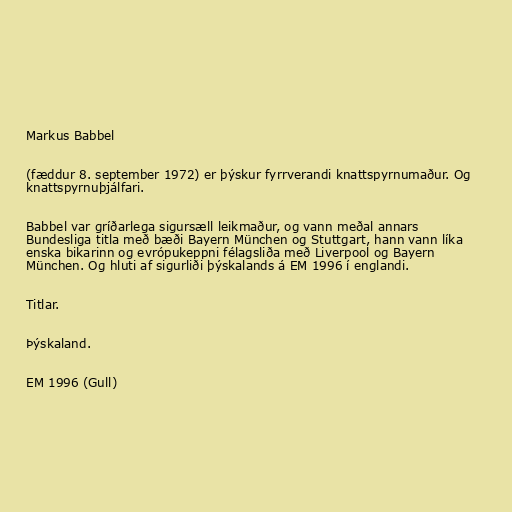
Markus Babbel

(fæddur 8. september 1972) er þýskur fyrrverandi knattspyrnumaður. Og
knattspyrnuþjálfari.

Babbel var gríðarlega sigursæll leikmaður, og vann meðal annars
Bundesliga titla með bæði Bayern München og Stuttgart, hann vann líka
enska bikarinn og evrópukeppni félagsliða með Liverpool og Bayern
München. Og hluti af sigurliði þýskalands á EM 1996 í englandi.

Titlar.

Þýskaland.

EM 1996 (Gull)